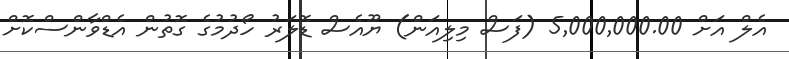
އެލް އަށް 5